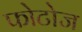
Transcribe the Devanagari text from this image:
फोटोज